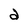
Character: a